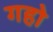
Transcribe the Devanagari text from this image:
गहो